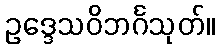
ဥဒ္ဒေသဝိဘင်္ဂသုတ်။